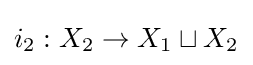
i_{2}:X_{2}\to X_{1}\sqcup X_{2}